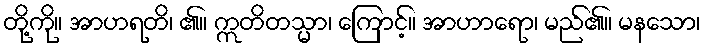
တို့ကို။ အာဟရတိ၊ ၏။ ဣတိတသ္မာ၊ ကြောင့်။ အာဟာရော၊ မည်၏။ မနသော၊